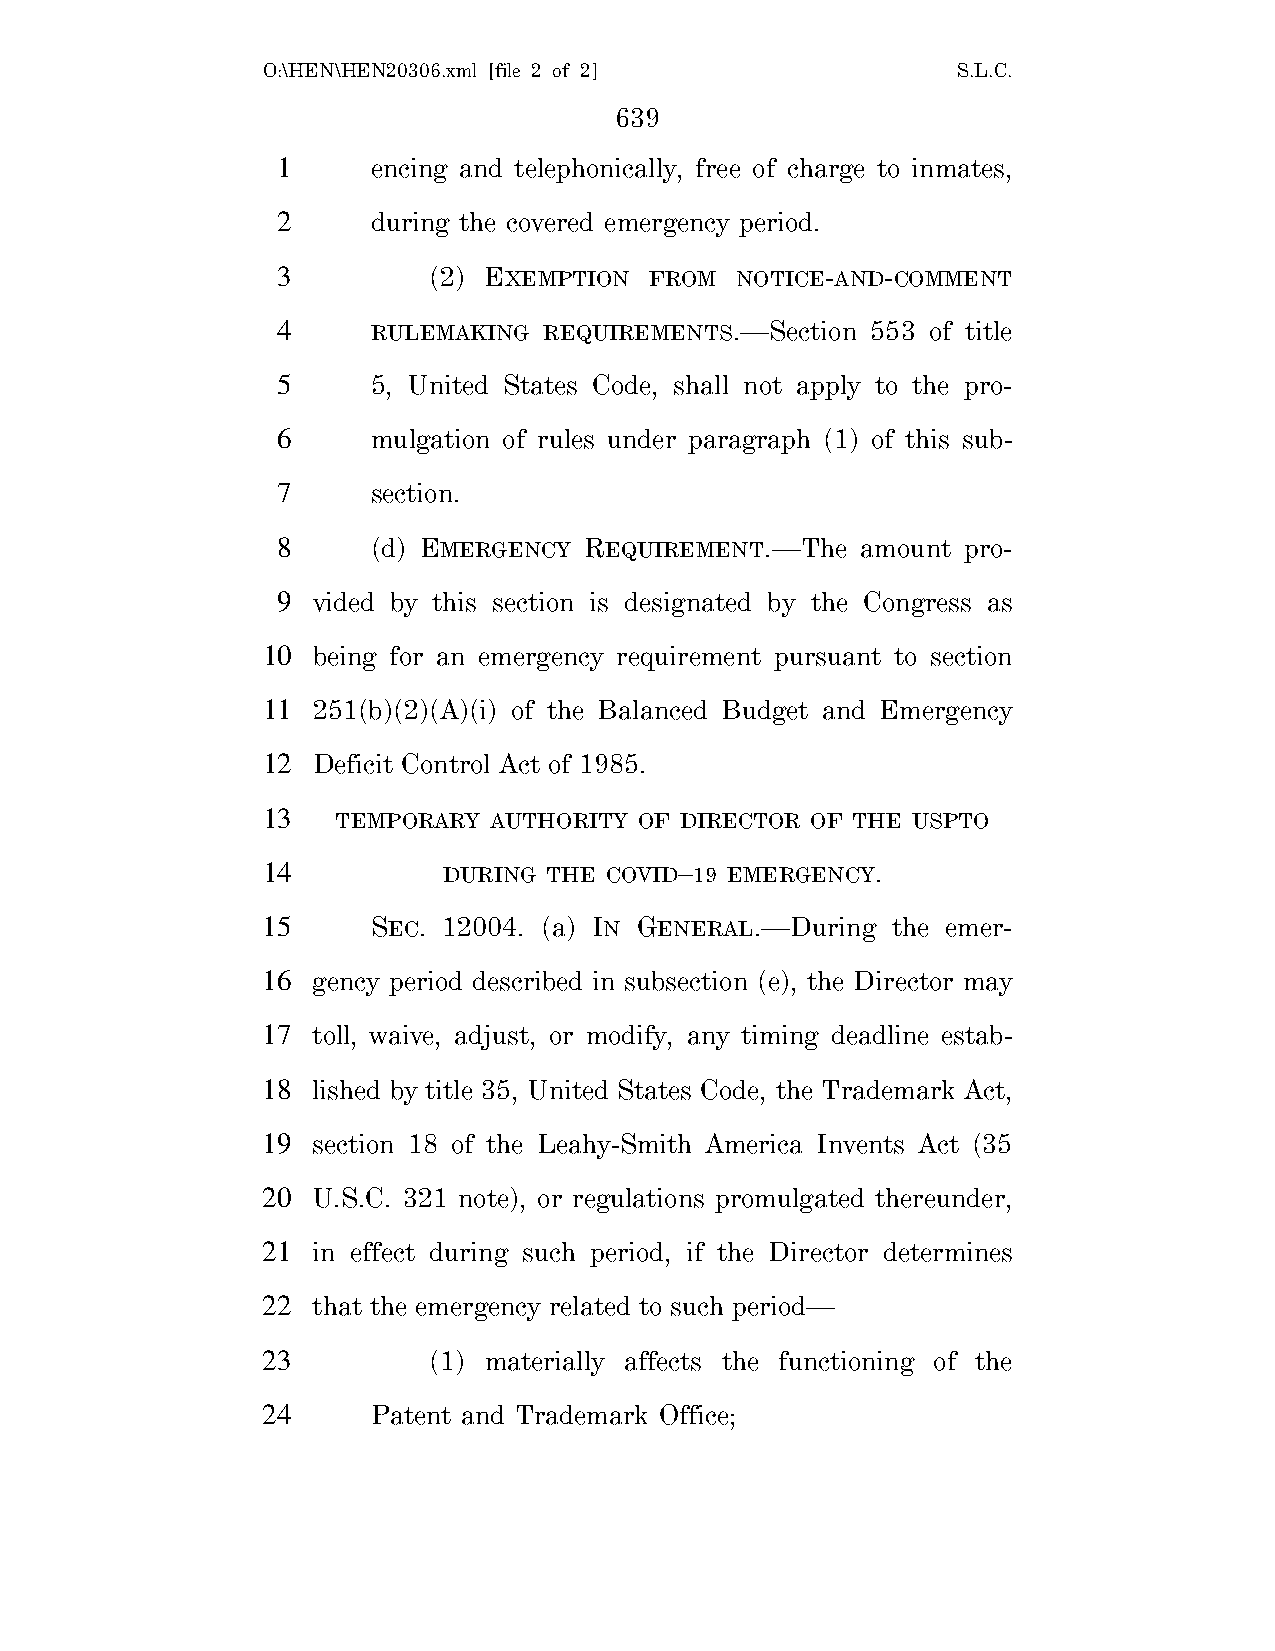
O:\HEN\HEN20306.xml [file 2 of 2]             S.L.C.
 639
 1      encing and telephonically, free of charge to inmates,
 2      during the covered emergency period.
 3         (2) EXEMPTION  FROM  NOTICE-AND-COMMENT
 4      RULEMAKING REQUIREMENTS.—Section 553 of title
 5      5, United States Code, shall not apply to the pro-
 6      mulgation of rules under paragraph (1) of this sub-
 7      section.
 8      (d) EMERGENCY REQUIREMENT.—The  amount pro-
 9  vided by this section is designated by the Congress as
 10  being for an emergency requirement pursuant to section
 11  251(b)(2)(A)(i) of the Balanced Budget and Emergency
 12  Deficit Control Act of 1985.
 13   TEMPORARY AUTHORITY OF DIRECTOR OF THE USPTO
 14          DURING THE COVID–19 EMERGENCY.
 15      SEC. 12004. (a) IN GENERAL.—During the emer-
 16  gency period described in subsection (e), the Director may
 17  toll, waive, adjust, or modify, any timing deadline estab-
 18  lished by title 35, United States Code, the Trademark Act,
 19  section 18 of the Leahy-Smith America Invents Act (35
 20  U.S.C. 321 note), or regulations promulgated thereunder,
 21  in effect during such period, if the Director determines
 22  that the emergency related to such period—
 23         (1) materially affects the functioning of the
 24      Patent and Trademark Office;